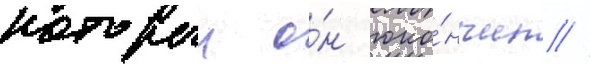
которыи о́н око́нчил //